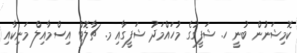
ކޮމިޝަނުން ބުނީ ހ. ޝަފީގުގެ މުހައްމަދު ޝަފީގާއި މ. ޗާލޮޓް އިސްމާއިލް މަނިކާއި